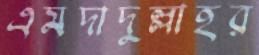
এমদাদুল্লাহর